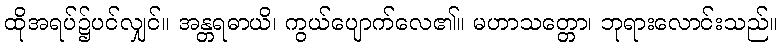
ထိုအရပ်၌ပင်လျှင်။ အန္တရဓာယိ၊ ကွယ်ပျောက်လေ၏။ မဟာသတ္တော၊ ဘုရားလောင်းသည်။